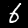
Label: 6